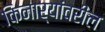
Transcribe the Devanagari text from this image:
किनार्‍यांवरील